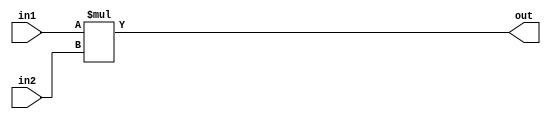
module MUL8 #(parameter SIZE = 8)(input [SIZE-1:0] in1, in2, output [2*SIZE-1:0] out);
assign out = in1*in2;
endmodule